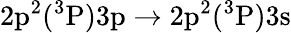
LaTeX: \mathrm{2p^{2}(^{3}P)3p\rightarrow 2p^{2}(^{3}P)3s}